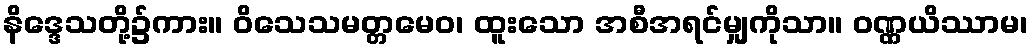
နိဒ္ဒေသတို့၌ကား။ ဝိသေသမတ္တမေဝ၊ ထူးသော အစီအရင်မျှကိုသာ။ ဝဏ္ဏယိဿာမ၊